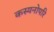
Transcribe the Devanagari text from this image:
कस्यनोपरि